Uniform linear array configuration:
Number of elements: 8
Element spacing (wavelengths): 0.5
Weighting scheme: binomial
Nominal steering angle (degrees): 0
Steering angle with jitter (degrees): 0.1151
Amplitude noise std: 0.05
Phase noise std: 0.05

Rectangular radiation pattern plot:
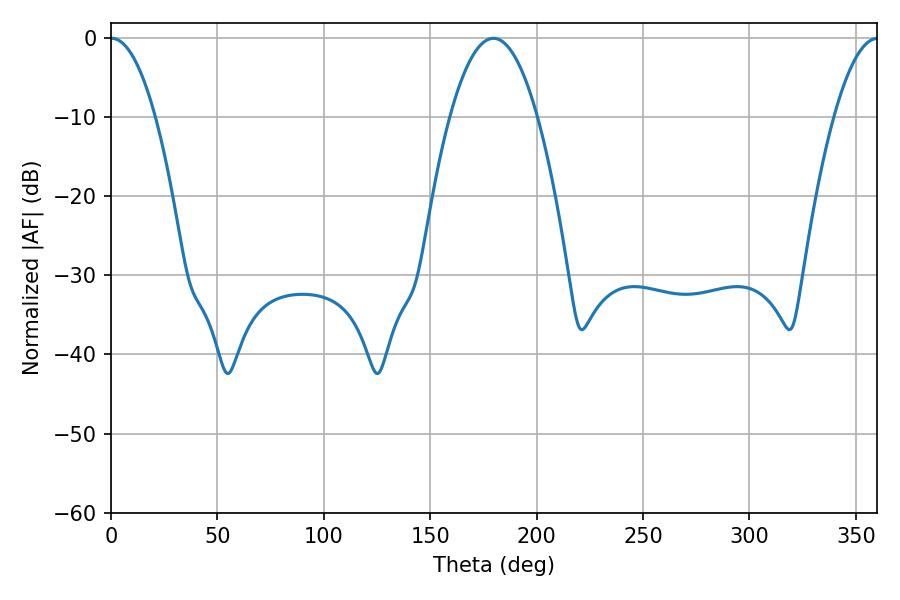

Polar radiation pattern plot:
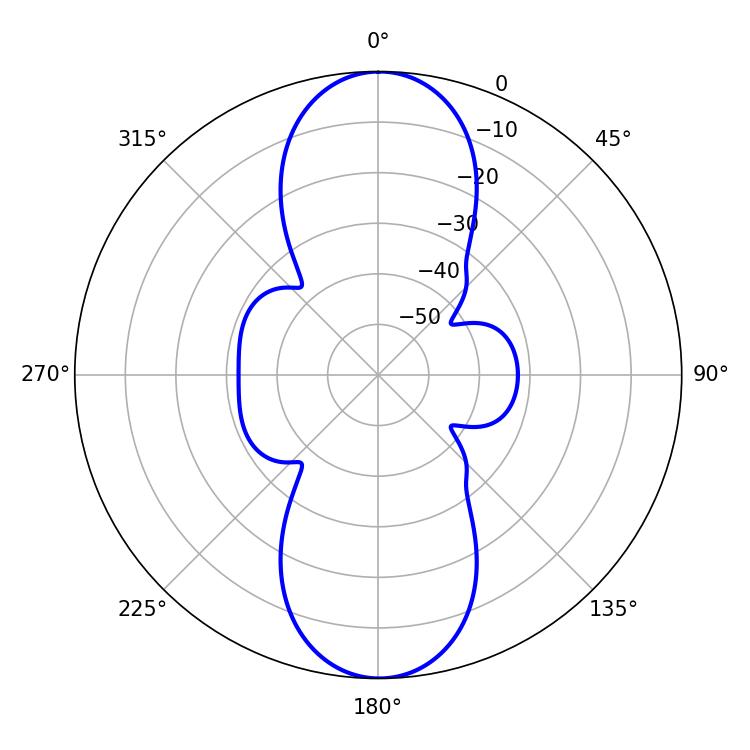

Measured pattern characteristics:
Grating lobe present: FALSE
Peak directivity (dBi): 27.717
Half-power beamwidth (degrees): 11.52
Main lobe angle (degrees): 0.36